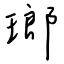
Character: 瑯